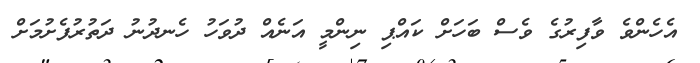
އެހެންވެ ވާފިރުގެ ވެސް ބަހަށް ކައްޕި ނިންމީ އަނެއް ދުވަހު ހެނދުނު ދަތުރުފެށުމަށް